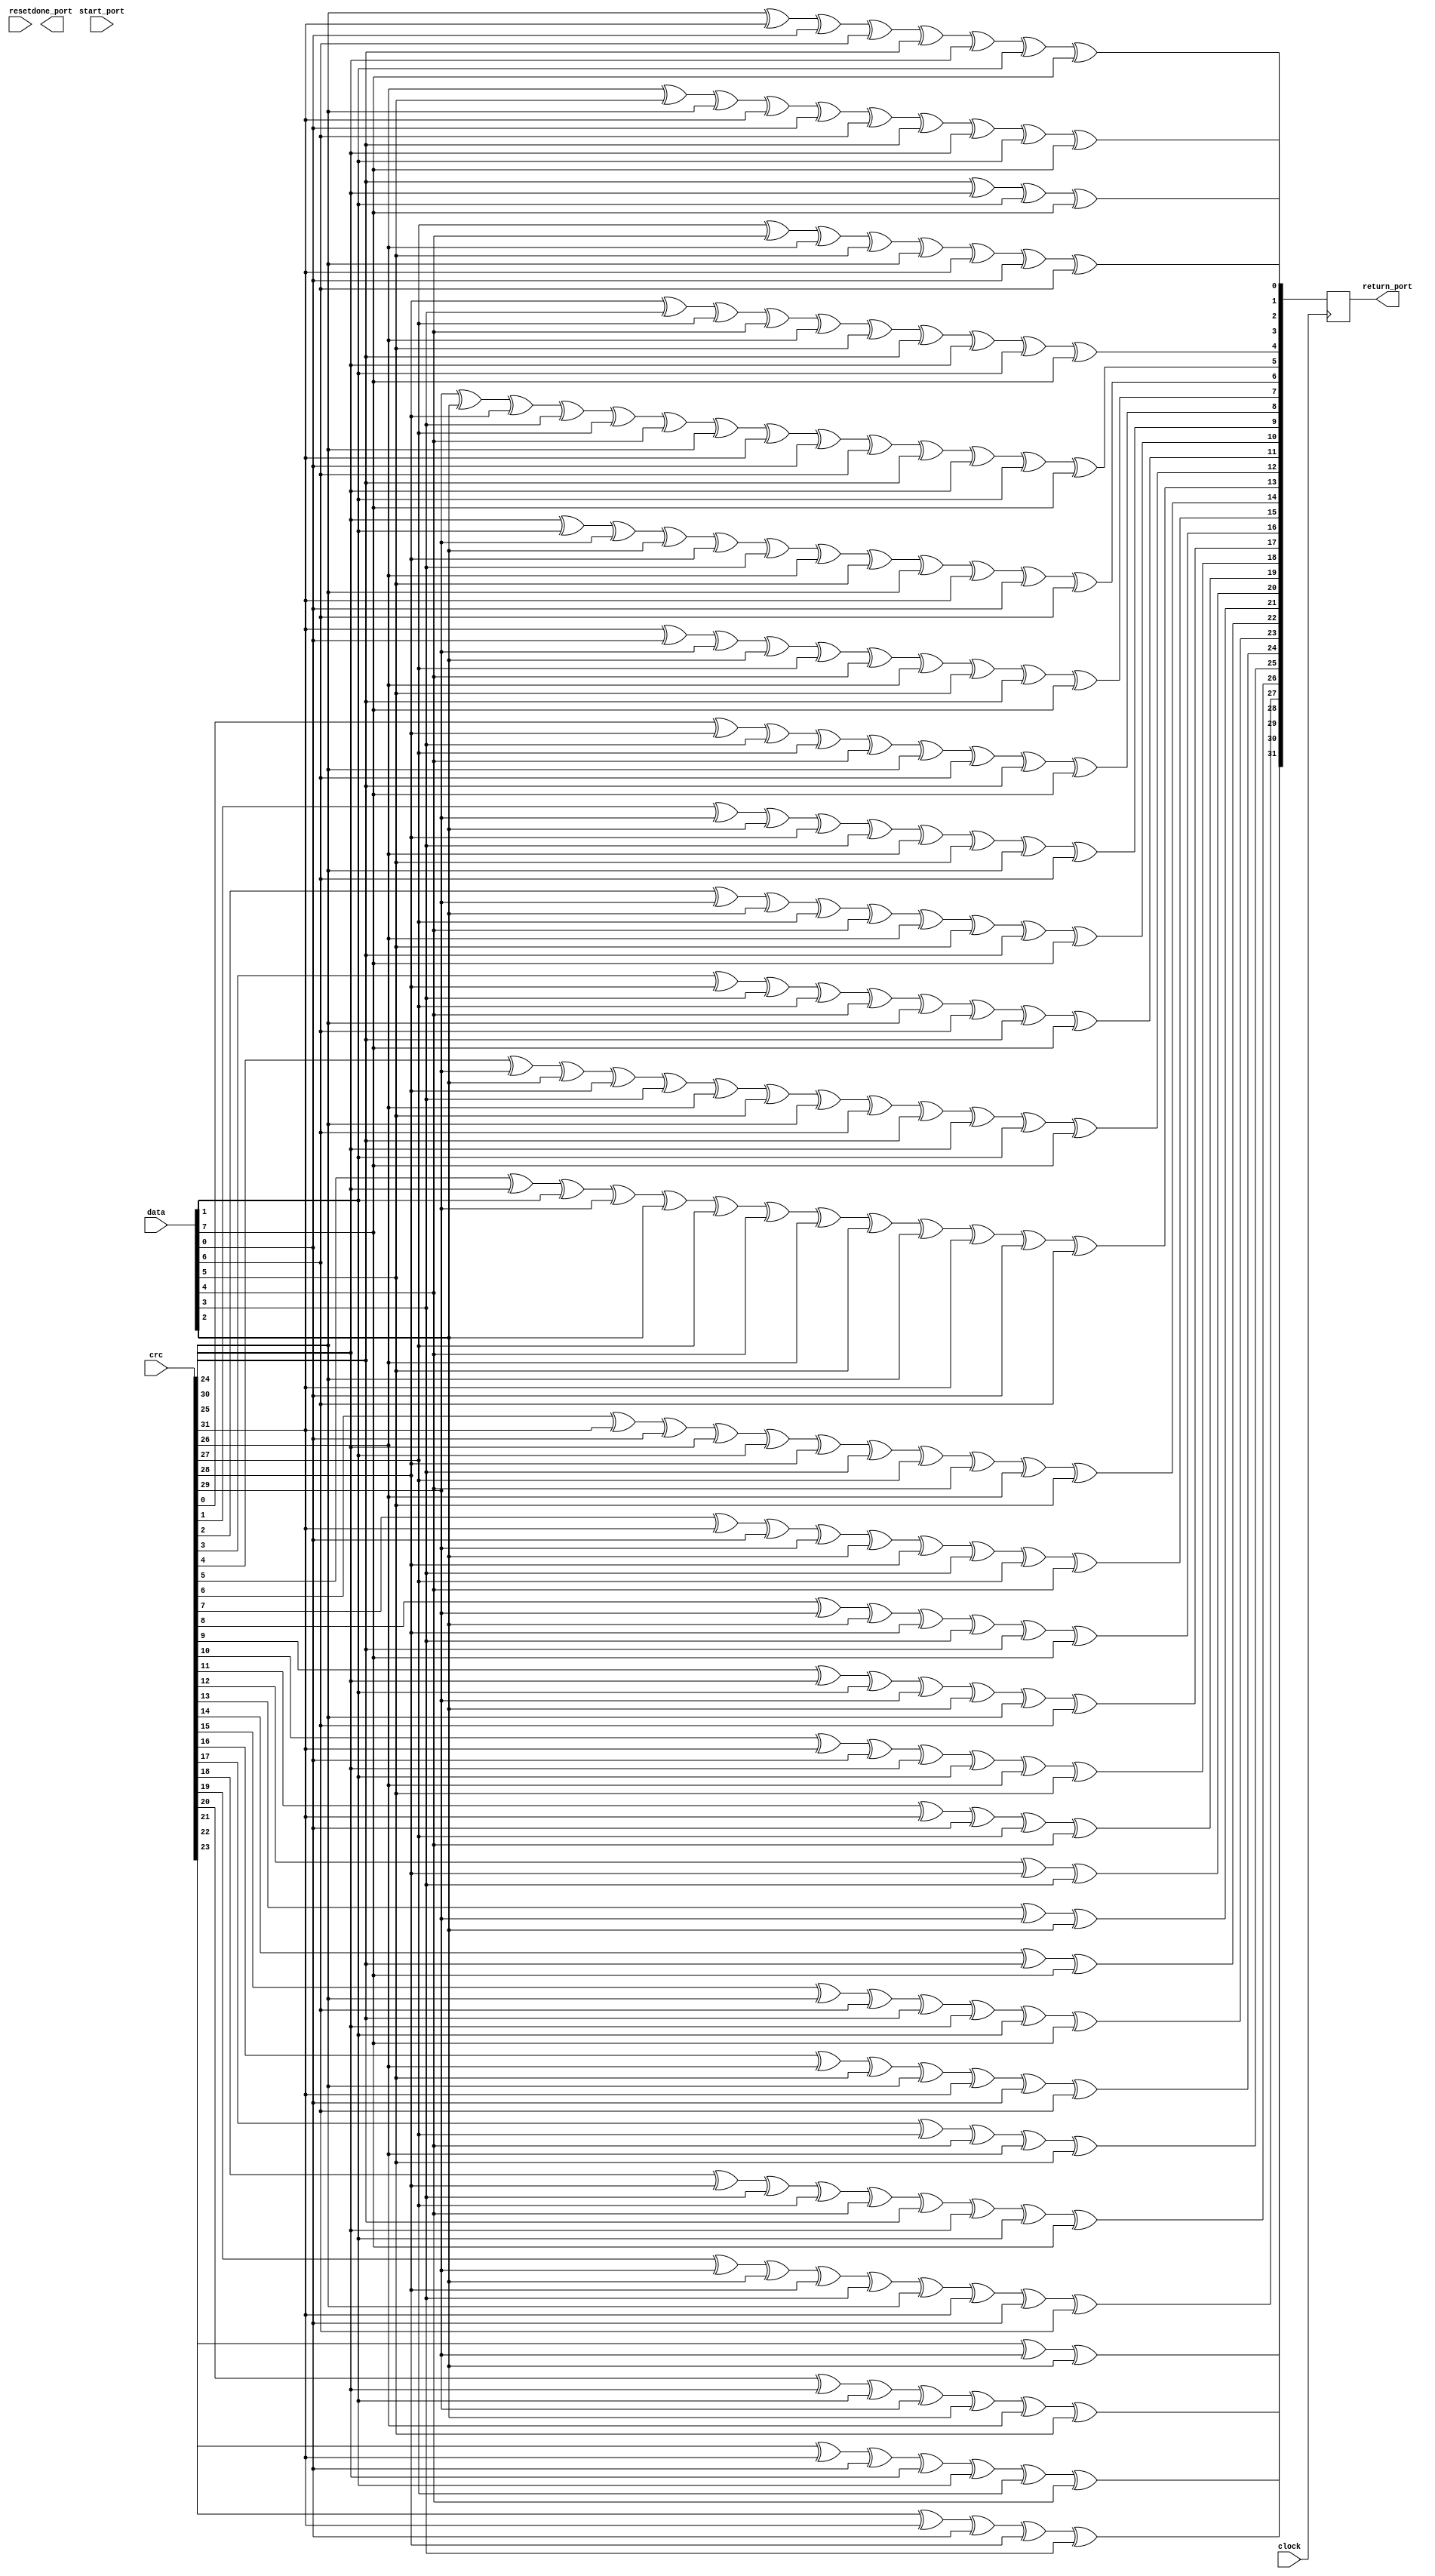

// polynomial: (0 1 2 4 5 7 8 10 11 12 16 22 23 26 32)
// data width: 8
// convention: the first serial bit is d[0]
module next_crc32_d8 (
    input  clock, 
    input  reset,
    input  start_port,
    output done_port,
	input  [7:0] data,
	input  [31:0] crc,
	output reg [31:0] return_port);
	
	
	reg[7:0]  d;
	reg[31:0] c;
	
	always @(posedge clock)
	begin
		d = data;
		c = crc;
		return_port[0]  <= c[24] ^ c[30] ^ d[1]  ^ d[7];
		return_port[1]  <= c[25] ^ c[31] ^ d[0]  ^ d[6]  ^ c[24] ^ c[30] ^ d[1]  ^ d[7];
		return_port[2]  <= c[26] ^ d[5]  ^ c[25] ^ c[31] ^ d[0]  ^ d[6]  ^ c[24] ^ c[30] ^ d[1]  ^ d[7];
		return_port[3]  <= c[27] ^ d[4]  ^ c[26] ^ d[5]  ^ c[25] ^ c[31] ^ d[0]  ^ d[6];
		return_port[4]  <= c[28] ^ d[3]  ^ c[27] ^ d[4]  ^ c[26] ^ d[5]  ^ c[24] ^ c[30] ^ d[1]  ^ d[7];
		return_port[5]  <= c[29] ^ d[2]  ^ c[28] ^ d[3]  ^ c[27] ^ d[4]  ^ c[25] ^ c[31] ^ d[0]  ^ d[6]  ^ c[24] ^ c[30] ^ d[1]  ^ d[7];
		return_port[6]  <= c[30] ^ d[1]  ^ c[29] ^ d[2]  ^ c[28] ^ d[3]  ^ c[26] ^ d[5]  ^ c[25] ^ c[31] ^ d[0]  ^ d[6];
		return_port[7]  <= c[31] ^ d[0]  ^ c[29] ^ d[2]  ^ c[27] ^ d[4]  ^ c[26] ^ d[5]  ^ c[24] ^ d[7];
		return_port[8]  <= c[0]  ^ c[28] ^ d[3]  ^ c[27] ^ d[4]  ^ c[25] ^ d[6]  ^ c[24] ^ d[7];
		return_port[9]  <= c[1]  ^ c[29] ^ d[2]  ^ c[28] ^ d[3]  ^ c[26] ^ d[5]  ^ c[25] ^ d[6];
		return_port[10] <= c[2]  ^ c[29] ^ d[2]  ^ c[27] ^ d[4]  ^ c[26] ^ d[5]  ^ c[24] ^ d[7];
		return_port[11] <= c[3]  ^ c[28] ^ d[3]  ^ c[27] ^ d[4]  ^ c[25] ^ d[6]  ^ c[24] ^ d[7];
		return_port[12] <= c[4]  ^ c[29] ^ d[2]  ^ c[28] ^ d[3]  ^ c[26] ^ d[5]  ^ c[25] ^ d[6]  ^ c[24] ^ c[30] ^ d[1]  ^ d[7];
		return_port[13] <= c[5]  ^ c[30] ^ d[1]  ^ c[29] ^ d[2]  ^ c[27] ^ d[4]  ^ c[26] ^ d[5]  ^ c[25] ^ c[31] ^ d[0]  ^ d[6];
		return_port[14] <= c[6]  ^ c[31] ^ d[0]  ^ c[30] ^ d[1]  ^ c[28] ^ d[3]  ^ c[27] ^ d[4]  ^ c[26] ^ d[5];
		return_port[15] <= c[7]  ^ c[31] ^ d[0]  ^ c[29] ^ d[2]  ^ c[28] ^ d[3]  ^ c[27] ^ d[4];
		return_port[16] <= c[8]  ^ c[29] ^ d[2]  ^ c[28] ^ d[3]  ^ c[24] ^ d[7];
		return_port[17] <= c[9]  ^ c[30] ^ d[1]  ^ c[29] ^ d[2]  ^ c[25] ^ d[6];
		return_port[18] <= c[10] ^ c[31] ^ d[0]  ^ c[30] ^ d[1]  ^ c[26] ^ d[5];
		return_port[19] <= c[11] ^ c[31] ^ d[0]  ^ c[27] ^ d[4];
		return_port[20] <= c[12] ^ c[28] ^ d[3];
		return_port[21] <= c[13] ^ c[29] ^ d[2];
		return_port[22] <= c[14] ^ c[24] ^ d[7];
		return_port[23] <= c[15] ^ c[25] ^ d[6]  ^ c[24] ^ c[30] ^ d[1]  ^ d[7];
		return_port[24] <= c[16] ^ c[26] ^ d[5]  ^ c[25] ^ c[31] ^ d[0]  ^ d[6];
		return_port[25] <= c[17] ^ c[27] ^ d[4]  ^ c[26] ^ d[5];
		return_port[26] <= c[18] ^ c[28] ^ d[3]  ^ c[27] ^ d[4]  ^ c[24] ^ c[30] ^ d[1]  ^ d[7];
		return_port[27] <= c[19] ^ c[29] ^ d[2]  ^ c[28] ^ d[3]  ^ c[25] ^ c[31] ^ d[0]  ^ d[6];
		return_port[28] <= c[20] ^ c[30] ^ d[1]  ^ c[29] ^ d[2]  ^ c[26] ^ d[5];
		return_port[29] <= c[21] ^ c[31] ^ d[0]  ^ c[30] ^ d[1]  ^ c[27] ^ d[4];
		return_port[30] <= c[22] ^ c[31] ^ d[0]  ^ c[28] ^ d[3];
		return_port[31] <= c[23] ^ c[29] ^ d[2];
	end
endmodule